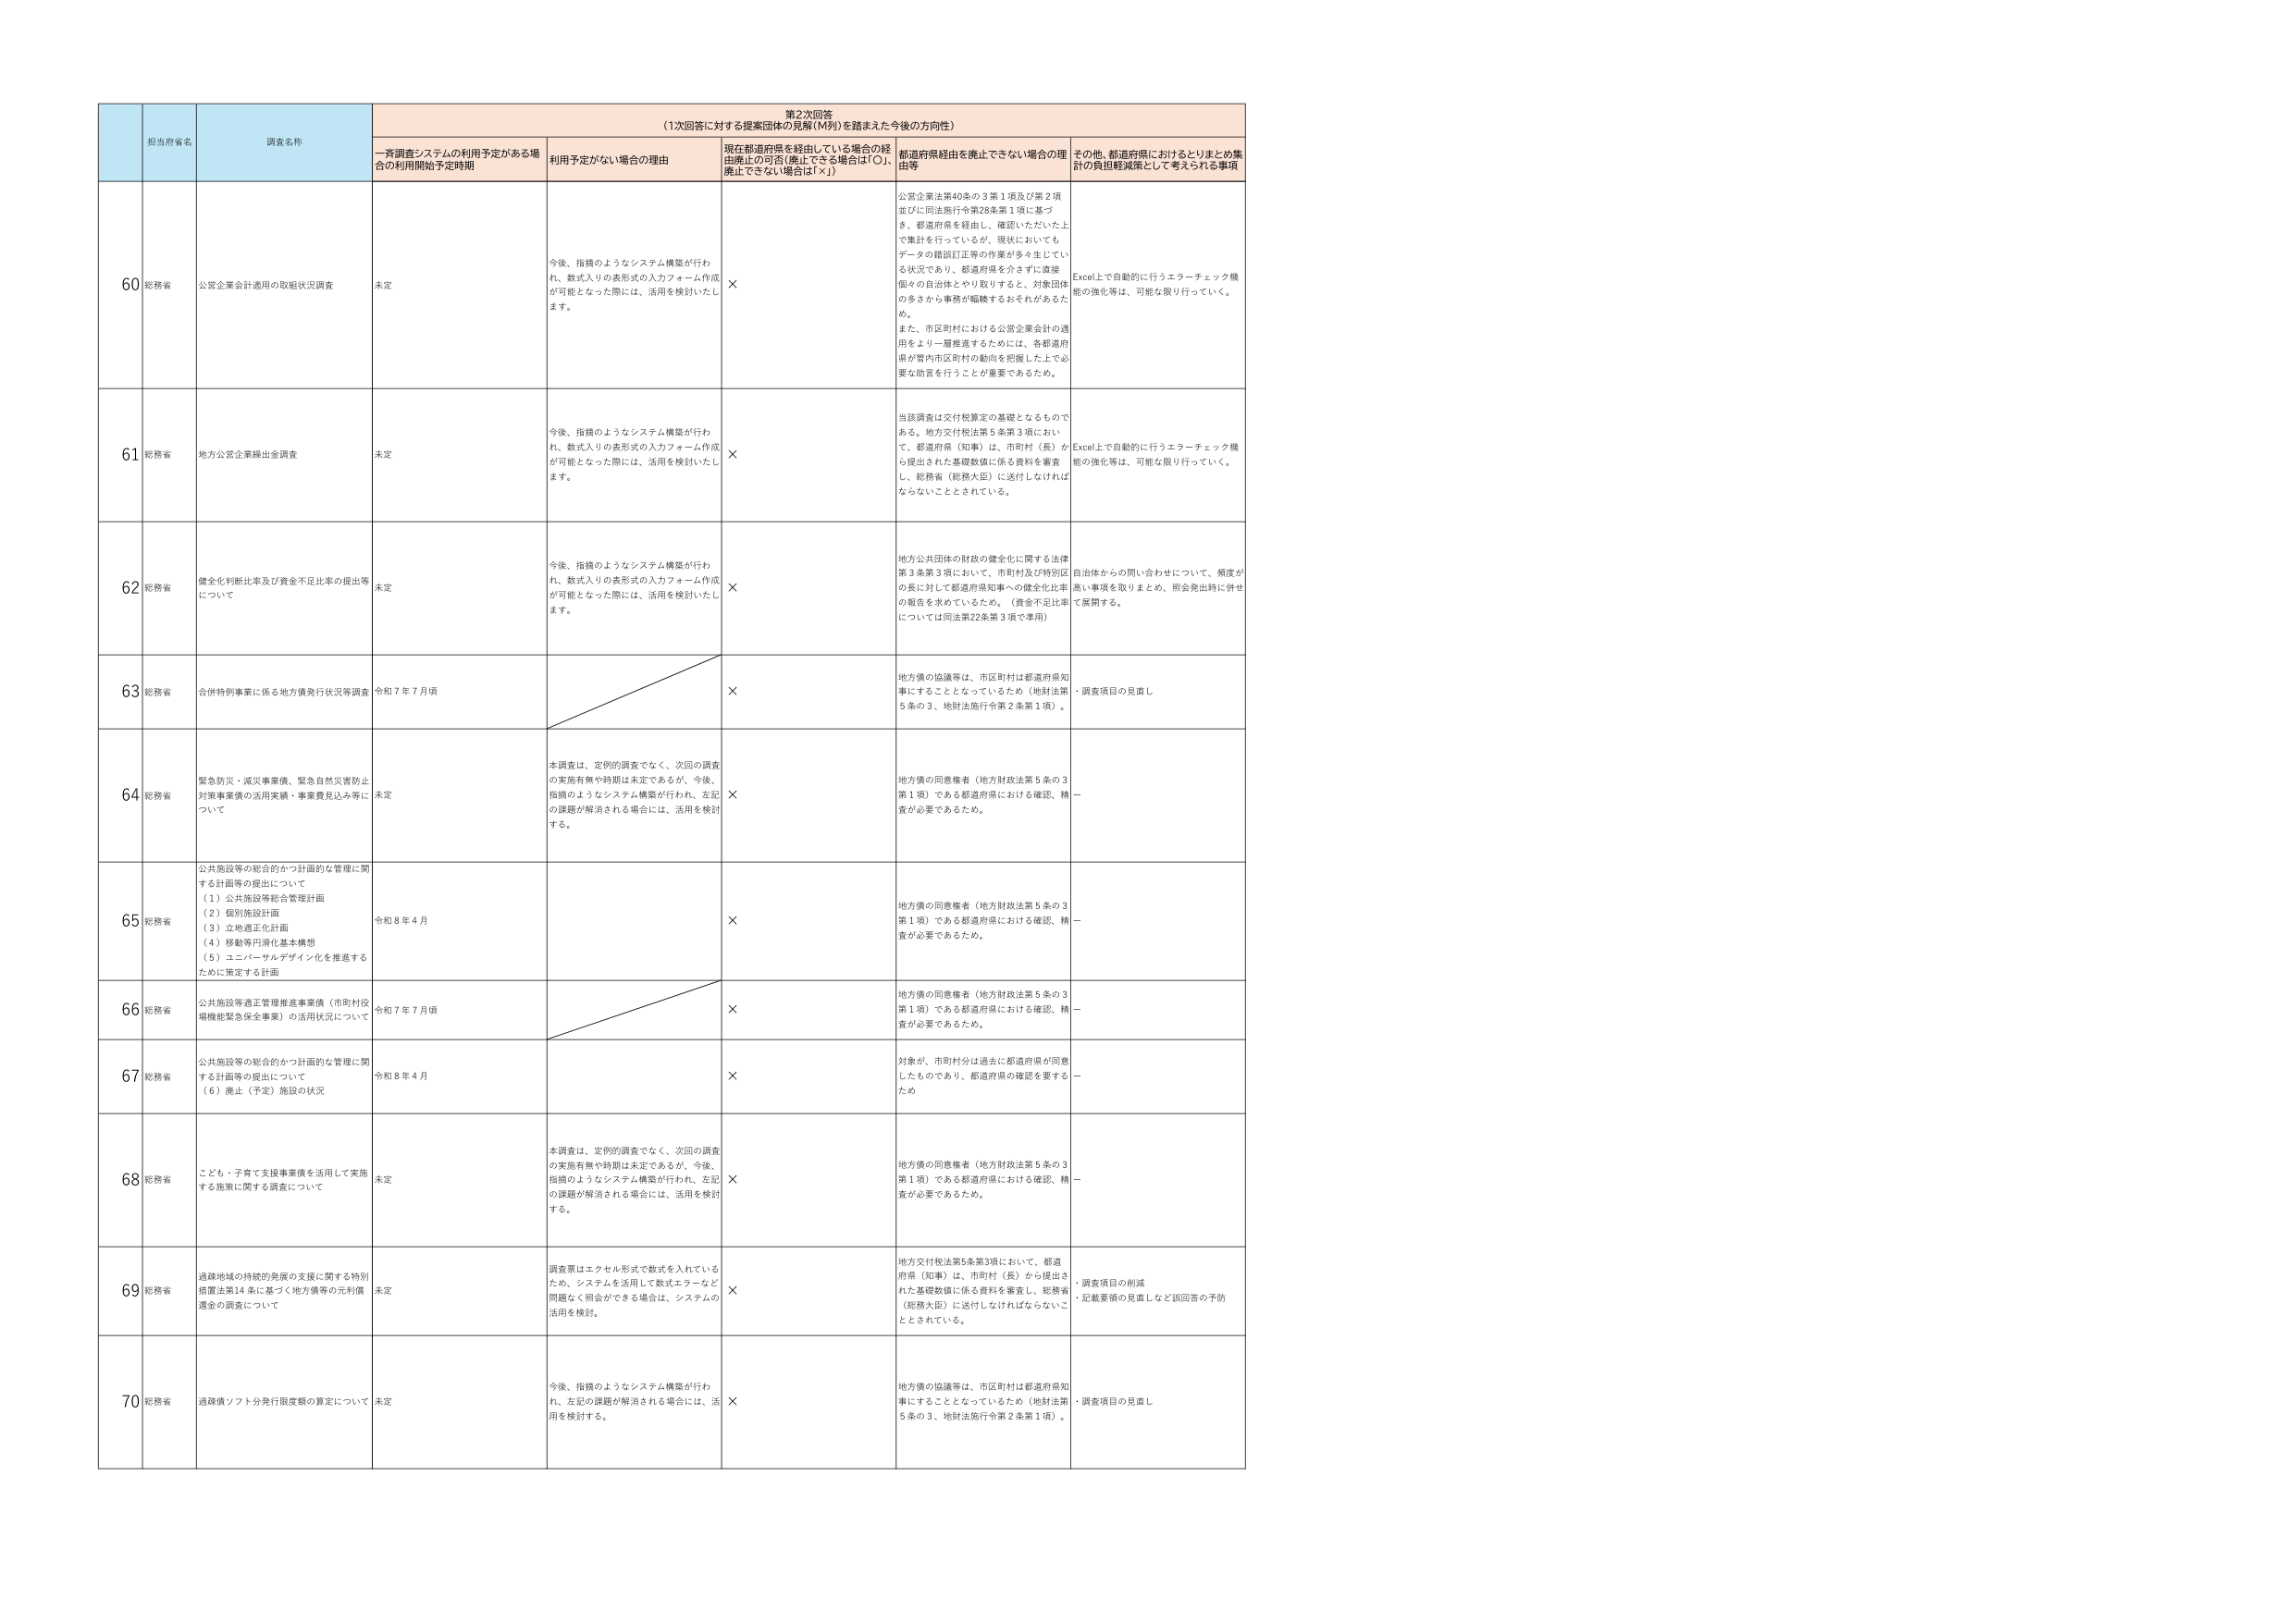
第2次回答
（1次回答に対する提案団体の見解（M列）を踏まえた今後の方向性）

担当府省名
調査名称
一斉調査システムの利用予定がある場合の利用開始予定時期
利用予定がない場合の理由
現在都道府県を経由している場合の経由廃止の可否（廃止できる場合は「○」、廃止できない場合は「×」）
都道府県経由を廃止できない場合の理由等
その他、都道府県におけるとりまとめ集計の負担軽減策として考えられる事項

60
総務省
公営企業会計適用の取組状況調査
未定
今後、指摘のようなシステム構築が行われ、数式入りの表形式の入力フォーム作成が可能となった際には、活用を検討いたします。
×
公営企業法40条の3第1項及び第2項並びに同法施行令第28条第1項に基づき、都道府県を経由し、確認いただいた上で集計を行っているが、現状においてもデータの確認訂正等の作業が多々生じている状況であり、都道府県を介さずに直接個々の自治体とやり取りすると、対象団体の多さから事務が煩雑するおそれがあるため。
また、市区町村における公営企業会計の適用をより一層推進するためには、各都道府県が管内市区町村の動向を把握した上で必要な助言を行うことが重要であるため。
Excel上で自動的に行うエラーチェック機能の強化等は、可能な限り行っていく。

61
総務省
地方公営企業繰出金調査
未定
今後、指摘のようなシステム構築が行われ、数式入りの表形式の入力フォーム作成が可能となった際には、活用を検討いたします。
×
当該調査は交付税算定の基礎となるものである。地方交付税法第5条第3項において、都道府県（知事）は、市町村（長）から提出された基礎数値に係る資料を審査し、総務省（総務大臣）に送付しなければならないこととされている。
Excel上で自動的に行うエラーチェック機能の強化等は、可能な限り行っていく。

62
総務省
健全化判断比率及び資金不足比率の提出等について
未定
今後、指摘のようなシステム構築が行われ、数式入りの表形式の入力フォーム作成が可能となった際には、活用を検討いたします。
×
地方公共団体の財政の健全化に関する法律第3条第3項において、市町村及び特別区の長に対して都道府県知事への健全化比率の報告を求めているため。（資金不足比率については同法第22条第3項で準用）
自治体からの問い合わせについて、頻度が高い事項を取りまとめ、照会発出時に併せて展開する。

63
総務省
合併特例事業に係る地方債発行状況等調査
令和7年7月頃
×
地方債の協議等は、市区町村は都道府県知事にすることとなっているため（地財法第5条の3、地財法施行令第2条第1項）。
・調査項目の見直し

64
総務省
緊急防災・減災事業債、緊急自然災害防止対策事業債の活用実績・事業費見込み等について
未定
本調査は、定例的調査でなく、次回の調査の実施有無や時期は未定であるが、今後、指摘のようなシステム構築が行われ、左記の課題が解消される場合には、活用を検討する。
×
地方債の回収権者（地方財政法第5条の3第1項）である都道府県における確認、精査が必要であるため。

65
総務省
公共施設等の総合的かつ計画的な管理に関する計画等の提出について
（1）公共施設等総合管理計画
（2）個別施設計画
（3）立地適正化計画
（4）移動等円滑化基本構想
（5）ユニバーサルデザイン化を推進するために策定する計画
令和8年4月
×
地方債の回収権者（地方財政法第5条の3第1項）である都道府県における確認、精査が必要であるため。

66
総務省
公共施設等適正管理推進事業債（市町村役場機能緊急保全事業）の活用状況について
令和7年7月頃
×
地方債の回収権者（地方財政法第5条の3第1項）である都道府県における確認、精査が必要であるため。

67
総務省
公共施設等の総合的かつ計画的な管理に関する計画等の提出について
（6）廃止（予定）施設の状況
令和8年4月
×
対象が、市町村分は過去に都道府県が同意したものであり、都道府県の確認を要するため

68
総務省
こども・子育て支援事業債を活用して実施する施策に関する調査について
未定
本調査は、定例的調査でなく、次回の調査の実施有無や時期は未定であるが、今後、指摘のようなシステム構築が行われ、左記の課題が解消される場合には、活用を検討する。
×
地方債の回収権者（地方財政法第5条の3第1項）である都道府県における確認、精査が必要であるため。

69
総務省
過疎地域の持続的発展の支援に関する特別措置法第14条に基づく地方債等の元利償還金の調査について
未定
調査票はエクセル形式で数式を入れているため、システムを活用して数式エラーなど問題なく照会ができる場合は、システムの活用を検討。
×
地方交付税法第5条第3項において、都道府県（知事）は、市町村（長）から提出された基礎数値に係る資料を審査し、総務省（総務大臣）に送付しなければならないこととされている。
・調査項目の削減
・記載要領の見直しなど該回答の予防

70
総務省
過疎債ソフト分発行限度額の算定について
未定
今後、指摘のようなシステム構築が行われ、左記の課題が解消される場合には、活用を検討する。
×
地方債の協議等は、市区町村は都道府県知事にすることとなっているため（地財法第5条の3、地財法施行令第2条第1項）。
・調査項目の見直し